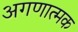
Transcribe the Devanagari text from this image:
अगणात्मक